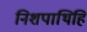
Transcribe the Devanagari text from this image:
निशपाथिहि